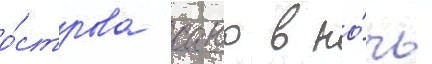
о́строва саво в но́чь